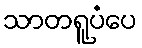
သာတရူပံပေ